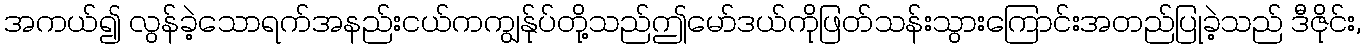
အကယ်၍ လွန်ခဲ့သောရက်အနည်းငယ်ကကျွန်ုပ်တို့သည်ဤမော်ဒယ်ကိုဖြတ်သန်းသွားကြောင်းအတည်ပြုခဲ့သည် ဒီဇိုင်း,